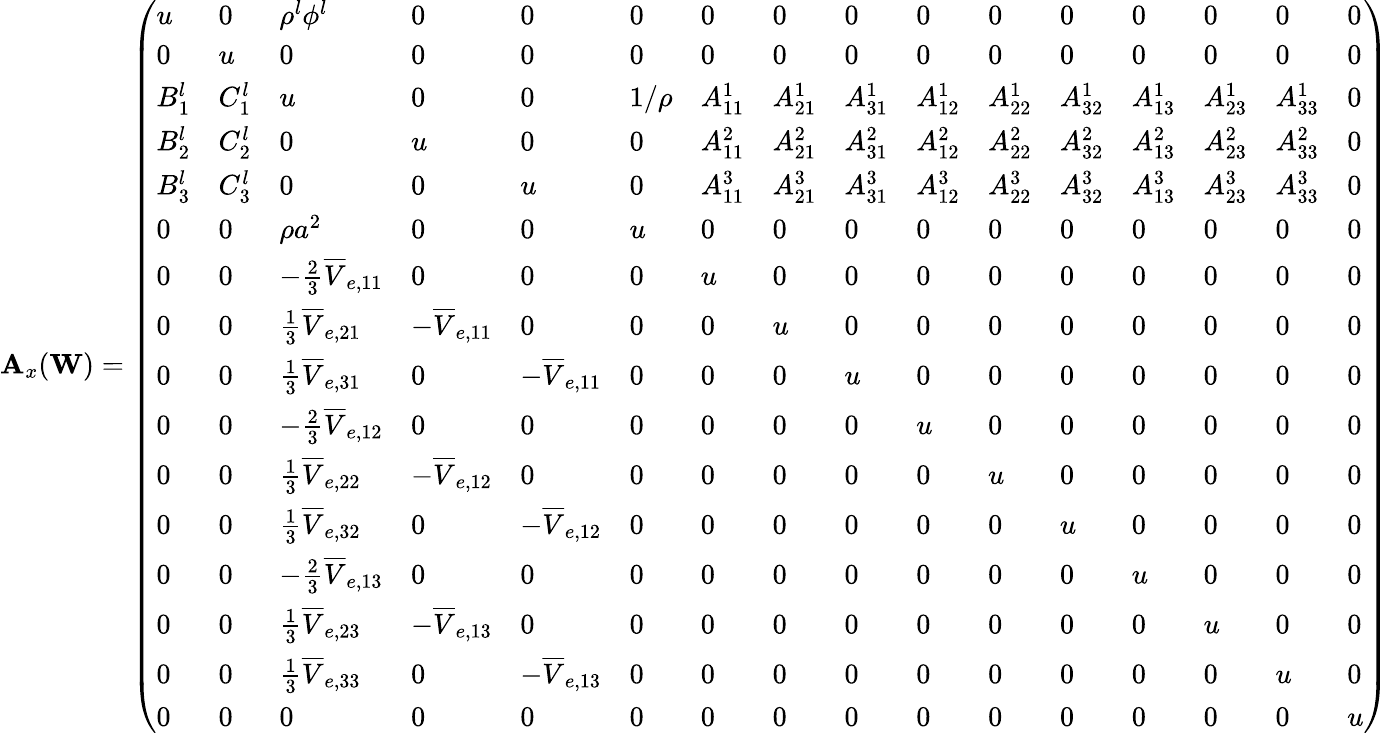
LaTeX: \mathbf{A}_{x}(\mathbf{W})=\left(\begin{array}{llllllllllllllll}{u}&{0}&{\rho^{l}\phi^{l}}&{0}&{0}&{0}&{0}&{0}&{0}&{0}&{0}&{0}&{0}&{0}&{0}&{0}\\ {0}&{u}&{0}&{0}&{0}&{0}&{0}&{0}&{0}&{0}&{0}&{0}&{0}&{0}&{0}&{0}\\ {B_{1}^{l}}&{C_{1}^{l}}&{u}&{0}&{0}&{1/\rho}&{A_{11}^{1}}&{A_{21}^{1}}&{A_{31}^{1}}&{A_{12}^{1}}&{A_{22}^{1}}&{A_{32}^{1}}&{A_{13}^{1}}&{A_{23}^{1}}&{A_{33}^{1}}&{0}\\ {B_{2}^{l}}&{C_{2}^{l}}&{0}&{u}&{0}&{0}&{A_{11}^{2}}&{A_{21}^{2}}&{A_{31}^{2}}&{A_{12}^{2}}&{A_{22}^{2}}&{A_{32}^{2}}&{A_{13}^{2}}&{A_{23}^{2}}&{A_{33}^{2}}&{0}\\ {B_{3}^{l}}&{C_{3}^{l}}&{0}&{0}&{u}&{0}&{A_{11}^{3}}&{A_{21}^{3}}&{A_{31}^{3}}&{A_{12}^{3}}&{A_{22}^{3}}&{A_{32}^{3}}&{A_{13}^{3}}&{A_{23}^{3}}&{A_{33}^{3}}&{0}\\ {0}&{0}&{\rho a^{2}}&{0}&{0}&{u}&{0}&{0}&{0}&{0}&{0}&{0}&{0}&{0}&{0}&{0}\\ {0}&{0}&{-\frac{2}{3}\overline{{V}}_{e,11}}&{0}&{0}&{0}&{u}&{0}&{0}&{0}&{0}&{0}&{0}&{0}&{0}&{0}\\ {0}&{0}&{\frac{1}{3}\overline{{V}}_{e,21}}&{-\overline{{V}}_{e,11}}&{0}&{0}&{0}&{u}&{0}&{0}&{0}&{0}&{0}&{0}&{0}&{0}\\ {0}&{0}&{\frac{1}{3}\overline{{V}}_{e,31}}&{0}&{-\overline{{V}}_{e,11}}&{0}&{0}&{0}&{u}&{0}&{0}&{0}&{0}&{0}&{0}&{0}\\ {0}&{0}&{-\frac{2}{3}\overline{{V}}_{e,12}}&{0}&{0}&{0}&{0}&{0}&{0}&{u}&{0}&{0}&{0}&{0}&{0}&{0}\\ {0}&{0}&{\frac{1}{3}\overline{{V}}_{e,22}}&{-\overline{{V}}_{e,12}}&{0}&{0}&{0}&{0}&{0}&{0}&{u}&{0}&{0}&{0}&{0}&{0}\\ {0}&{0}&{\frac{1}{3}\overline{{V}}_{e,32}}&{0}&{-\overline{{V}}_{e,12}}&{0}&{0}&{0}&{0}&{0}&{0}&{u}&{0}&{0}&{0}&{0}\\ {0}&{0}&{-\frac{2}{3}\overline{{V}}_{e,13}}&{0}&{0}&{0}&{0}&{0}&{0}&{0}&{0}&{0}&{u}&{0}&{0}&{0}\\ {0}&{0}&{\frac{1}{3}\overline{{V}}_{e,23}}&{-\overline{{V}}_{e,13}}&{0}&{0}&{0}&{0}&{0}&{0}&{0}&{0}&{0}&{u}&{0}&{0}\\ {0}&{0}&{\frac{1}{3}\overline{{V}}_{e,33}}&{0}&{-\overline{{V}}_{e,13}}&{0}&{0}&{0}&{0}&{0}&{0}&{0}&{0}&{0}&{u}&{0}\\ {0}&{0}&{0}&{0}&{0}&{0}&{0}&{0}&{0}&{0}&{0}&{0}&{0}&{0}&{0}&{u}\end{array}\right)